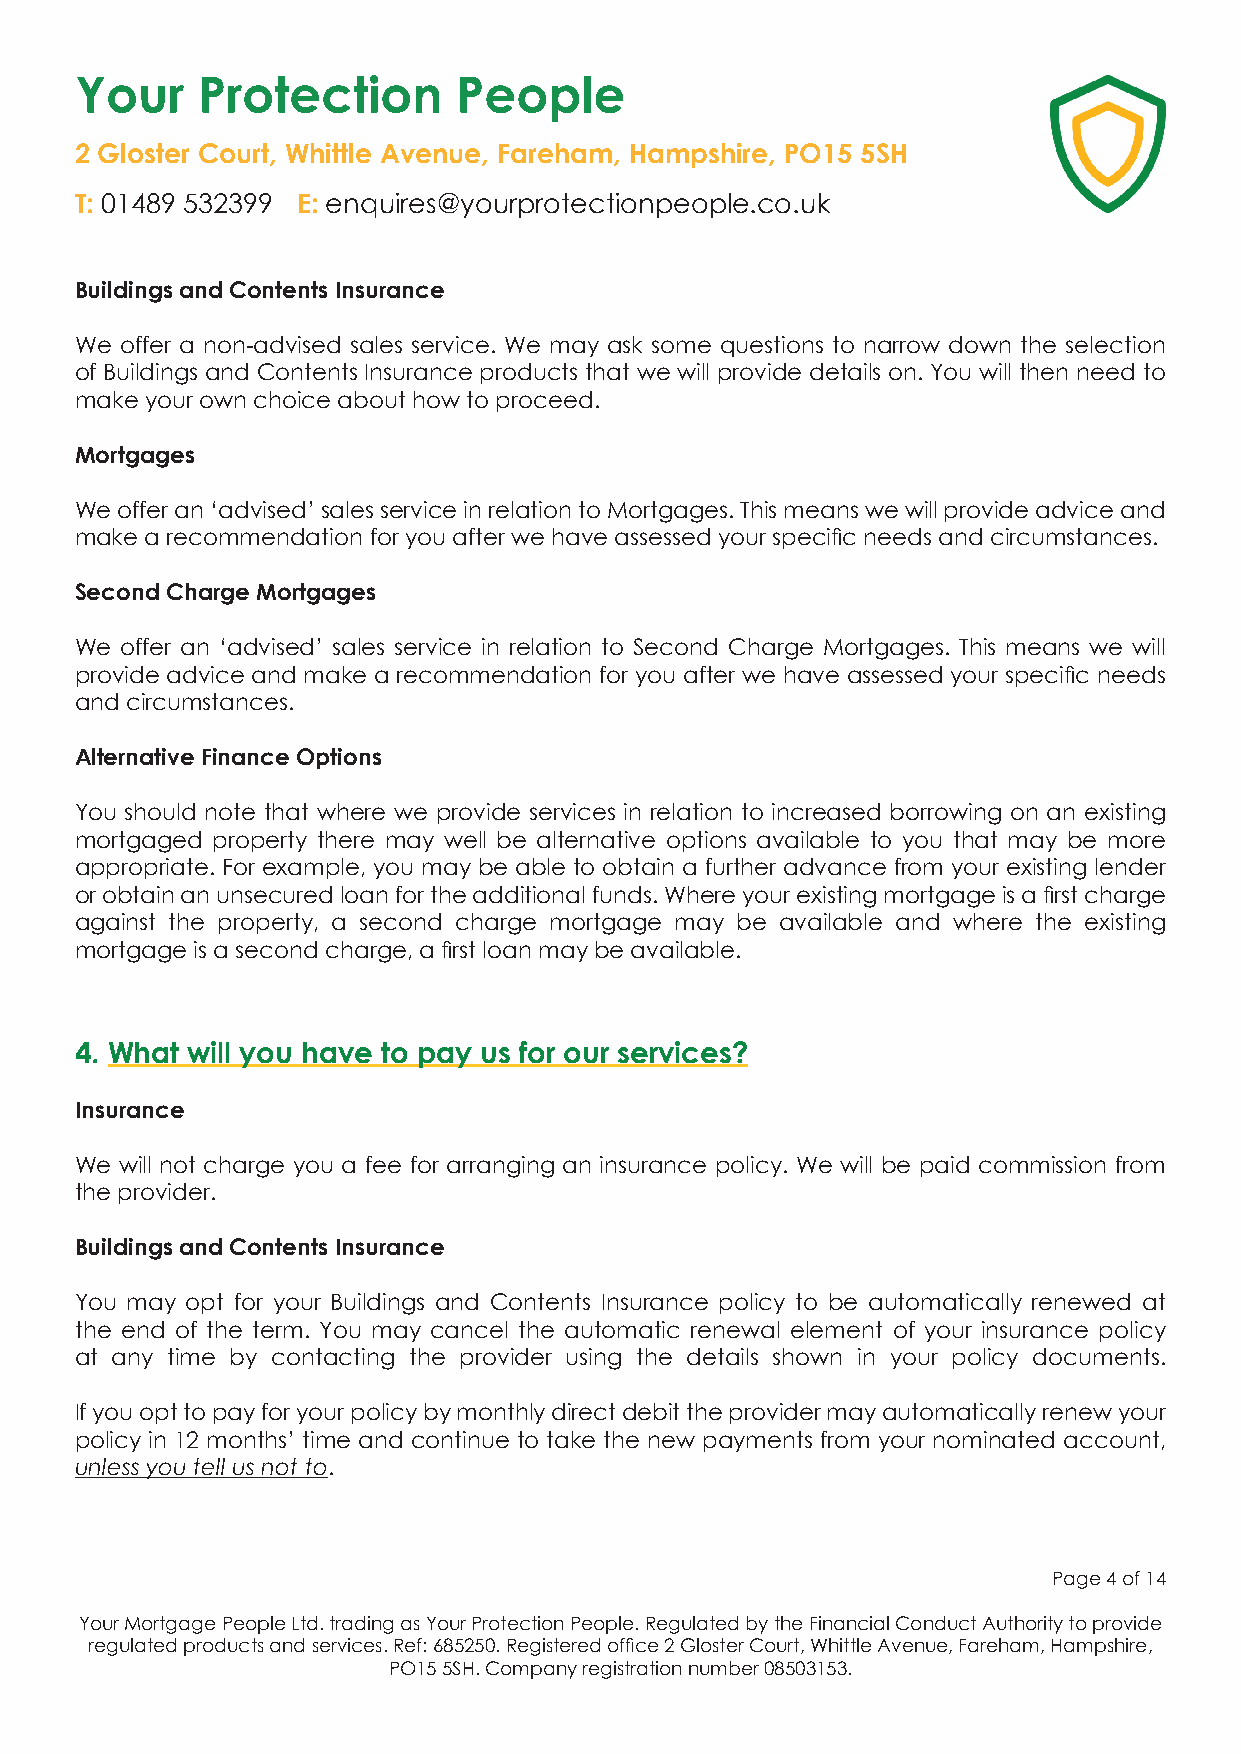
Your    Protection       People
 2 Gloster Court, Whittle Avenue, Fareham, Hampshire, PO15 5SH
 T: 01489 532399 E: enquires@yourprotectionpeople.co.uk
 Buildings and Contents Insurance
 We offer a non-advised sales service. We may ask some questions to narrow down the selection
 of Buildings and Contents Insurance products that we will provide details on. You will then need to
 make your own choice about how to proceed.
 Mortgages
 We offer an ‘advised’ sales service in relation to Mortgages. This means we will provide advice and
 make a recommendation for you after we have assessed your specific needs and circumstances.
 Second Charge Mortgages
 We offer an ‘advised’ sales service in relation to Second Charge Mortgages. This means we will
 provide advice and make a recommendation for you after we have assessed your specific needs
 and circumstances.
 Alternative Finance Options
 You should note that where we provide services in relation to increased borrowing on an existing
 mortgaged property there may well be alternative options available to you that may be more
 appropriate. For example, you may be able to obtain a further advance from your existing lender
 or obtain an unsecured loan for the additional funds. Where your existing mortgage is a first charge
 against the property, a second charge mortgage may be available and where the existing
 mortgage is a second charge, a first loan may be available.
 4. What will you have to pay us for our services?
 Insurance
 We will not charge you a fee for arranging an insurance policy. We will be paid commission from
 the provider.
 Buildings and Contents Insurance
 You may opt for your Buildings and Contents Insurance policy to be automatically renewed at
 the end of the term. You may cancel the automatic renewal element of your insurance policy
 at any time by contacting the provider using the details shown in your policy documents.
 If you opt to pay for your policy by monthly direct debit the provider may automatically renew your
 policy in 12 months’ time and continue to take the new payments from your nominated account,
 unless you tell us not to.
 Page 4 of 14
 Your Mortgage People Ltd. trading as Your Protection People. Regulated by the Financial Conduct Authority to provide
 regulated products and services. Ref: 685250. Registered office 2 Gloster Court, Whittle Avenue, Fareham, Hampshire,
 PO15 5SH. Company registration number 08503153.